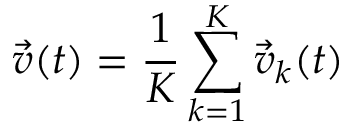
\vec { v } ( t ) = \frac { 1 } { K } \sum _ { k = 1 } ^ { K } \vec { v } _ { k } ( t )